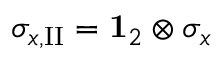
\sigma _ { x , \mathrm { I I } } = { \bf 1 } _ { 2 } \otimes \sigma _ { x }